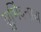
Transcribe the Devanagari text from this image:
शुभिंद्रनाथ